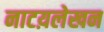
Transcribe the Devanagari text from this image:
नाटय़लेखन